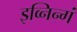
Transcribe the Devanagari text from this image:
इव्निन्गं